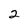
Character: 2